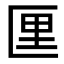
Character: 𪟯